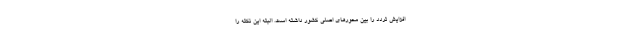
افزایش تردد را بین محورهای اصلی کشور داشته است. البته این نکته را